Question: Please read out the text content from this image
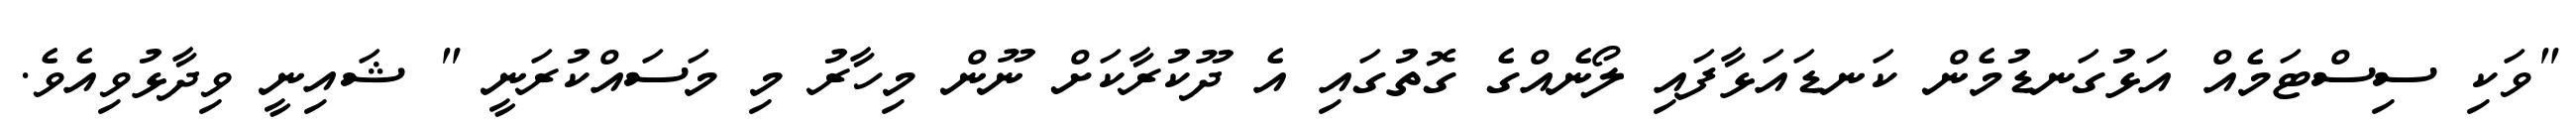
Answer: "ވަކި ސިސްޓަމެއް އަޅުގަނޑުމެން ކަނޑައަޅާފައި ލޯނެއްގެ ގޮތުގައި އެ ދޫކުރާކަށް ނޫން މިހާރު މި މަސައްކުރަނީ " ޝައިނީ ވިދާޅުވިއެވެ.